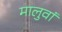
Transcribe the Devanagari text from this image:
मालुवां